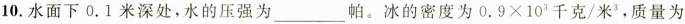
10.水面下0.1米深处，水的压强为____帕。冰的密度为0.9×{10}^{3} 千克/米3，质量为